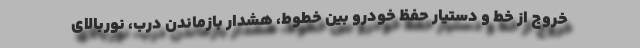
خروج از خط و دستیار حفظ خودرو بین خطوط، هشدار بازماندن درب، نوربالای